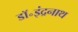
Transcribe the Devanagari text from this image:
डॉ॰इंद्रनाथ